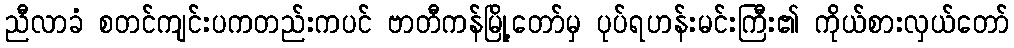
ညီလာခံ စတင်ကျင်းပကတည်းကပင် ဗာတီကန်မြို့တော်မှ ပုပ်ရဟန်းမင်းကြီး၏ ကိုယ်စားလှယ်တော်